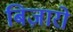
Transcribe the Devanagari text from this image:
बिज़ारो